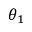
\theta _ { 1 }